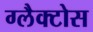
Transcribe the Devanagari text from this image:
ग्लैक्टोस